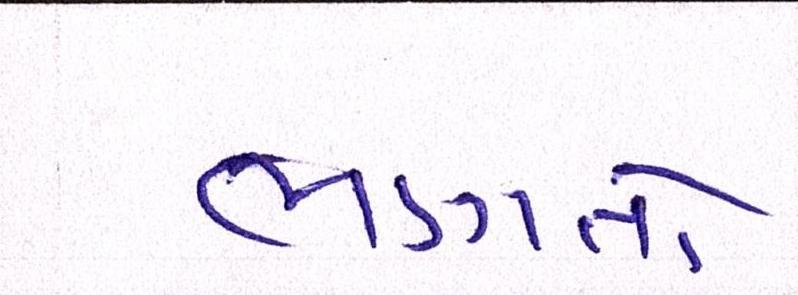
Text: ભણતો